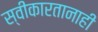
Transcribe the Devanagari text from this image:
स्वीकारतानाही